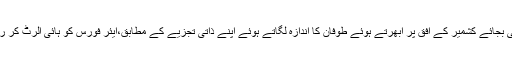
65ء کی جنگ کے دوران ایئر مارشل نور خان نے جنرل موسیٰ پر بھروسہ کرنے کی بجائے کشمیر کے افق پر ابھرتے ہوئے طوفان کا اندازہ لگاتے ہوئے اپنے ذاتی تجزیے کے مطابق،ایئر فورس کو ہائی الرٹ کر رکھا تھا تاکہ اچانک جنگ کی صورت میں ایئر فورس اپنا بھر پور کردار ادا کرسکے۔